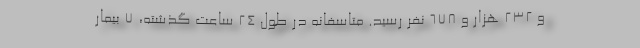
و ۲۳۲ هزار و ۶۷۸ نفر رسید. متاسفانه در طول ۲۴ ساعت گذشته، ۷ بیمار